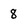
Character: 8